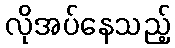
လိုအပ်နေသည့်